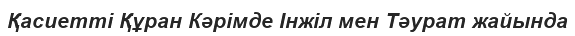
Қасиетті Құран Кәрімде Інжіл мен Тәурат жайында